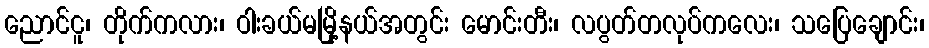
ညောင်ငူ၊ တိုက်ကလား၊ ဝါးခယ်မမြို့နယ်အတွင်း မောင်းတီး၊ လပွတ်တလုပ်ကလေး၊ သပြေချောင်း၊